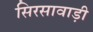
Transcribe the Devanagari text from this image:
सिरसावाड़ी